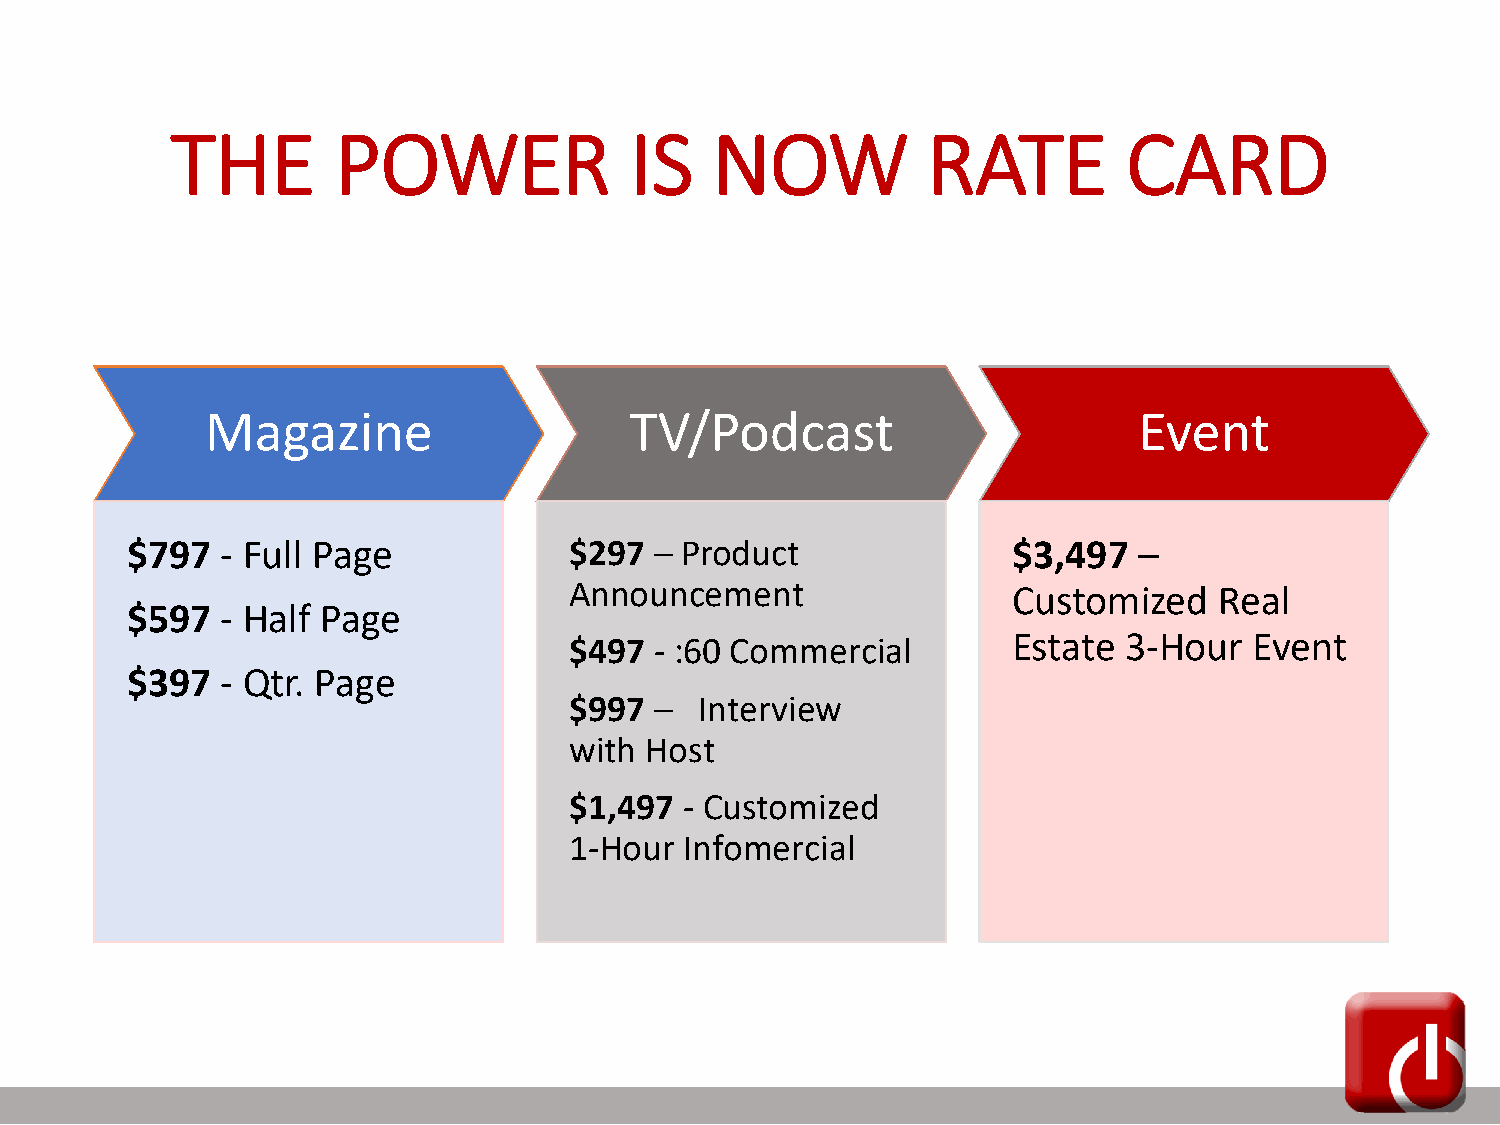
THE        POWER               IS   NOW           RATE          CARD
 Magazine                    TV/Podcast                       Event
 $797   - Full Page            $297 – Product               $3,497  –
 Announcement                 Customized    Real
 $597   - Half Page
 Estate 3-Hour   Event
 $497 - :60 Commercial
 $397   - Qtr. Page
 $997 –  Interview
 with Host
 $1,497 - Customized
 1-Hour Infomercial